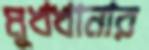
মুখখানার